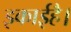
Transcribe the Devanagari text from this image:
इकाईहै।